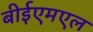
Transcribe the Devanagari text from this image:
बीईएमएल